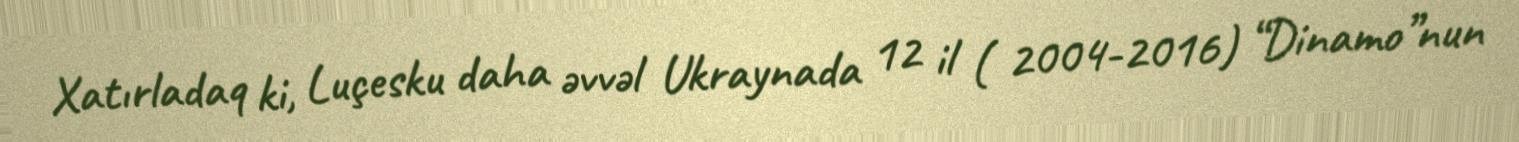
Xatırladaq ki, Luçesku daha əvvəl Ukraynada 12 il ( 2004-2016) “Dinamo”nun